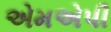
એમએપી